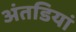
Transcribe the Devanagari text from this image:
अंतडियां